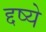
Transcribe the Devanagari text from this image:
द्दष्ये